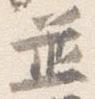
並